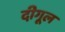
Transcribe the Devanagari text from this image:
दीगूल